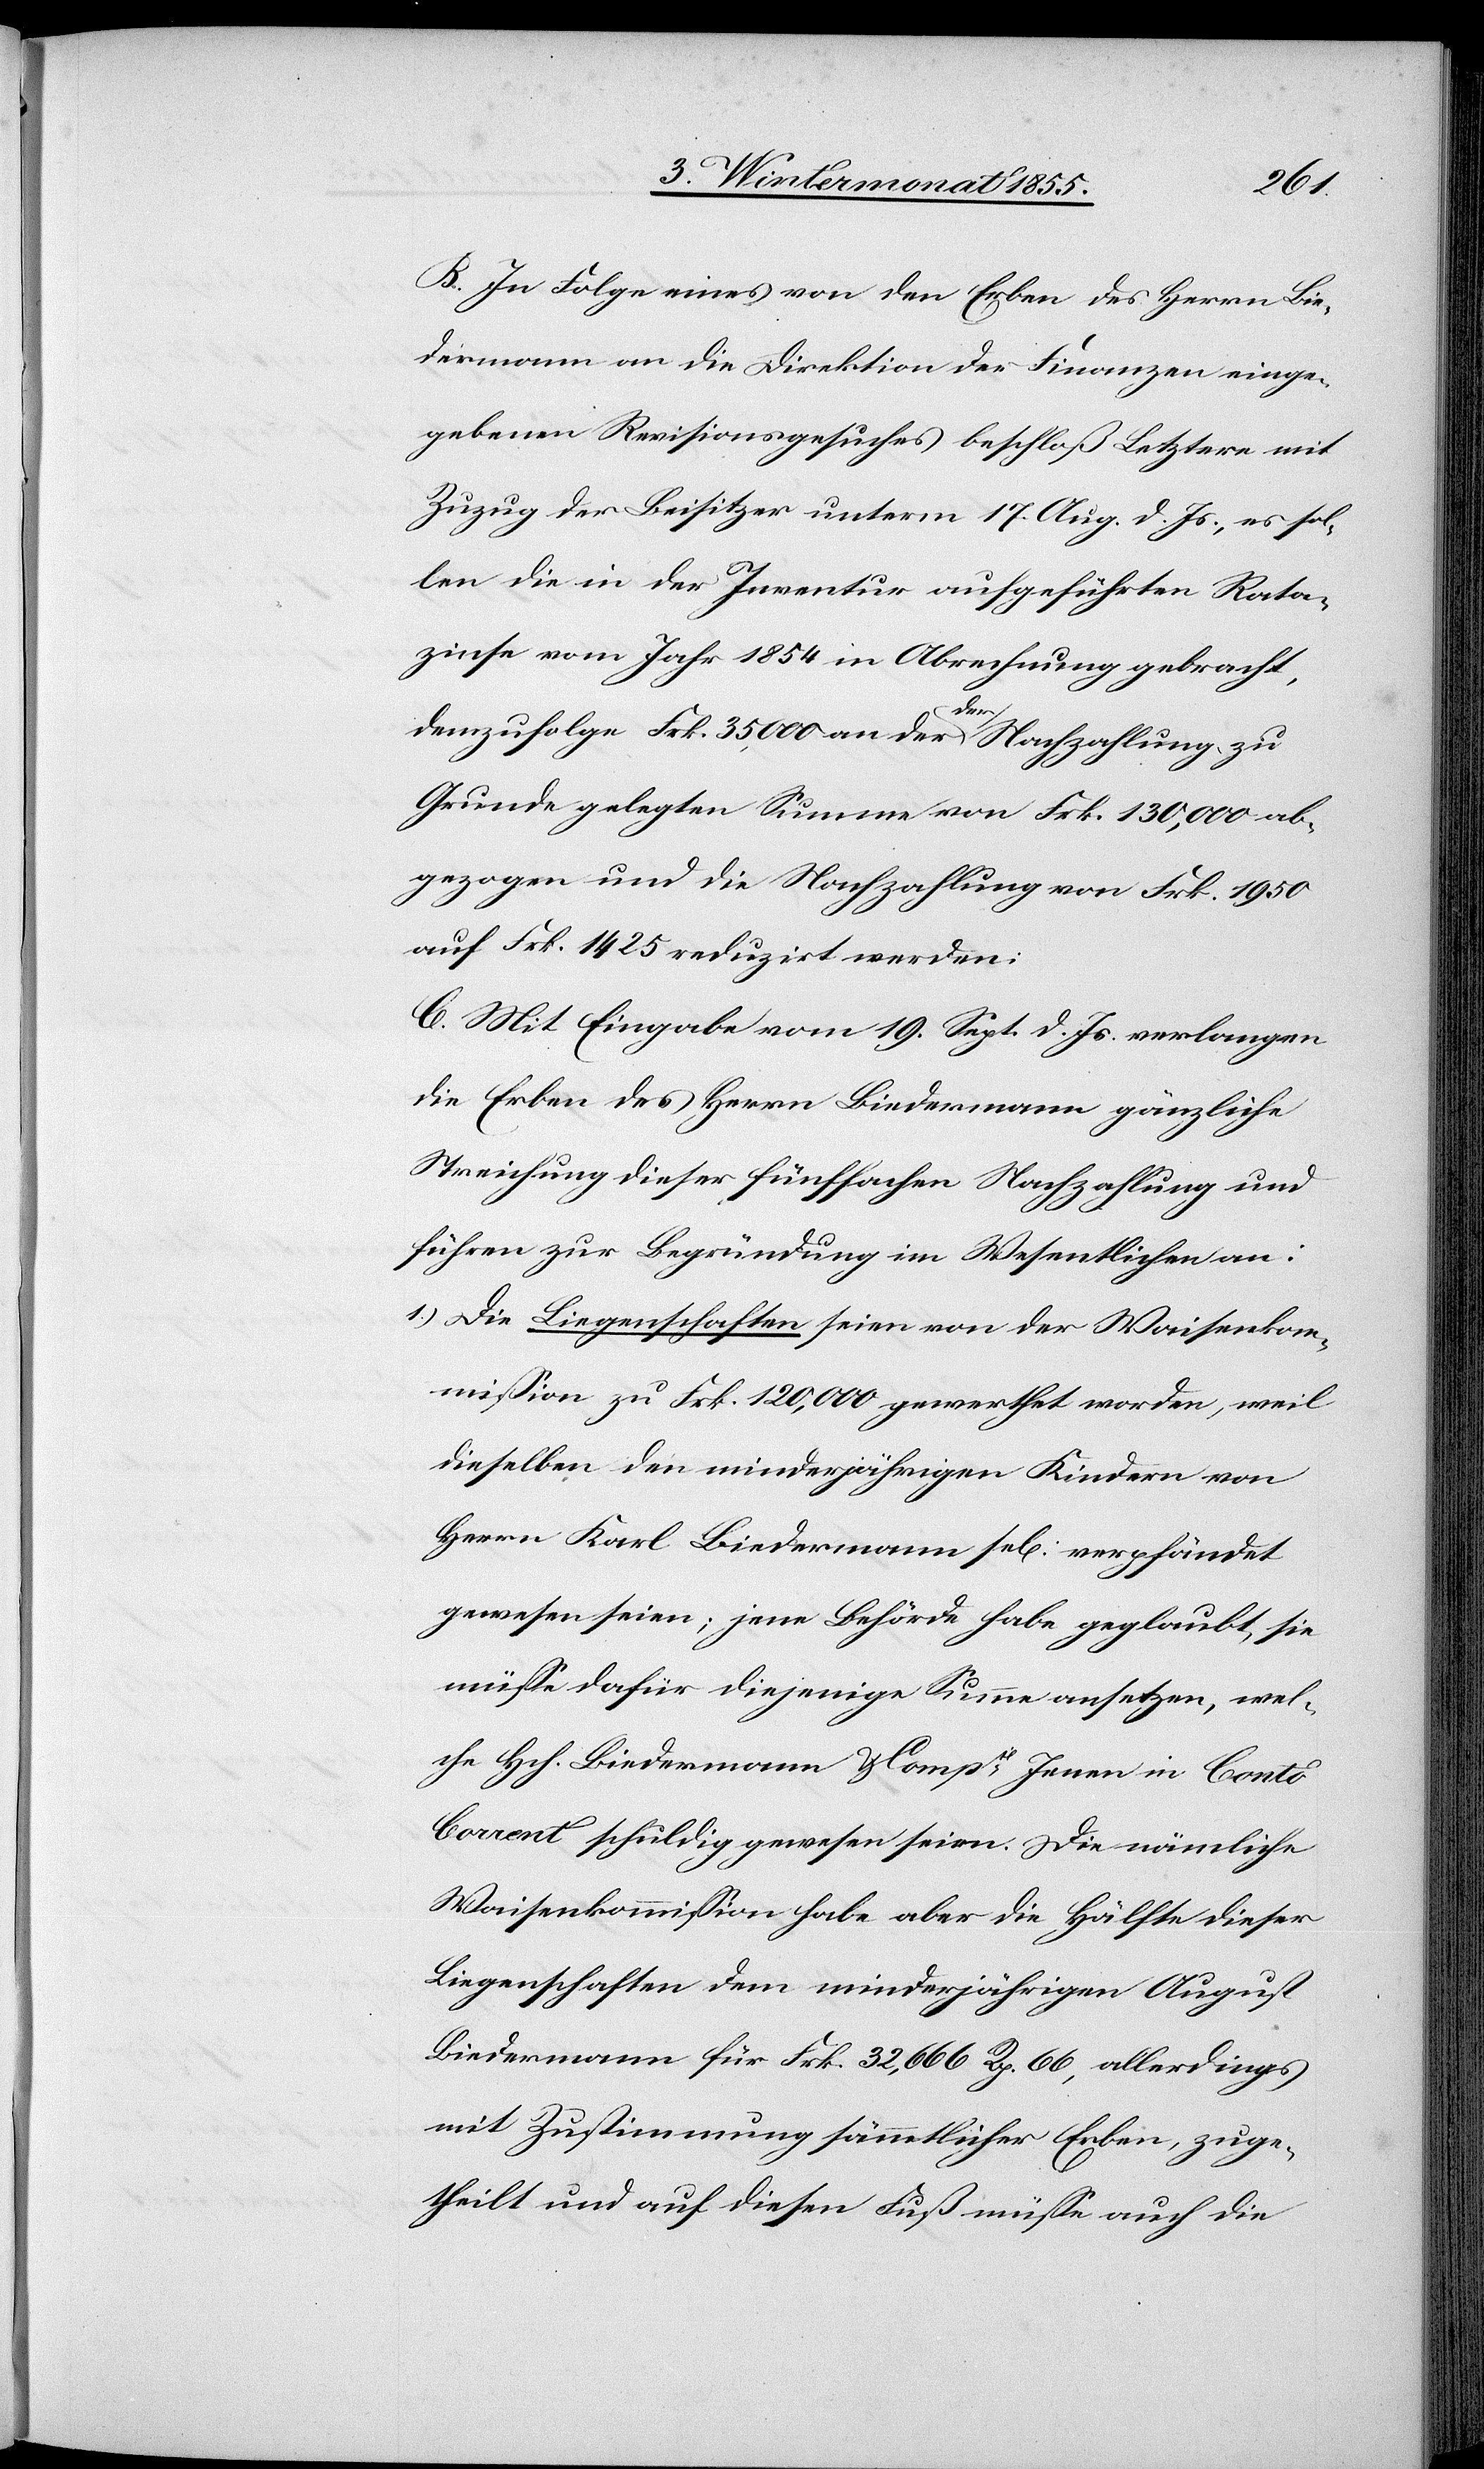
B. In Folge eines von den Erben des Herrn Bie¬
dermann an die Direktion der Finanzen einge¬
gebenen Revisionsgesuches beschloß Letztere mit
Zuzug der Beisitzer unterm 17. Aug. d. Js., es sol¬
len die in der Inventur aufgeführten Rata¬
zinse vom Jahr 1854 in Abrechnung gebracht,
demzufolge Frk. 35,000 an der der Nachzahlung zu
Grunde gelegten Summe von Frk. 130,000 ab¬
gezogen und die Nachzahlung von Frk. 1950
auf Frk. 1425 reduzirt werden.
C. Mit Eingabe vom 19. Sept. d. Js. verlangen
die Erben des Herrn Biedermann gänzliche
Streichung dieser fünffachen Nachzahlung und
führen zur Begründung im Wesentlichen an:
Die Liegenschaften seien von der Waisenkom¬
mission zu Frk. 120,000 gewerthet worden, weil
dieselben den minderjährigen Kindern von
Herrn Karl Biedermann sel[ig] verpfändet
gewesen seien; jene Behörde habe geglaubt sie
müsse dafür diejenige Summe ansetzen, wel¬
che Hch. Biedermann & Compie Jenen in Conto
Corrent schuldig gewesen seien. Die nämliche
Waisenkommission habe aber die Hälfte dieser
Liegenschaften dem minderjährigen August
Biedermann für Frk. 32,666 Rp. 66, allerdings
mit Zustimmung sämmtlicher Erben, zuge¬
theilt und auf diesen Fuß müsse auch die